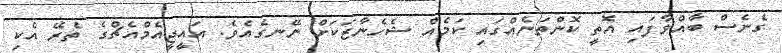
ގެނެސް ބާއްވާފައި އޮތީ ކޮންތަނެއްގައި ކަމެއް ޝެހެނާޒަކަށް ނޭނގެއެވެ. އައީޖީއެމްއެޗްގެ ތެރޭ އެކި